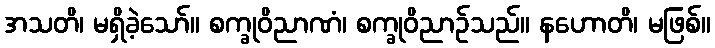
အသတိ၊ မရှိခဲ့သော်။ စက္ခုဝိညာဏံ၊ စက္ခုဝိညာဉ်သည်။ နဟောတိ၊ မဖြစ်။